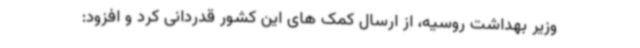
وزیر بهداشت روسیه، از ارسال کمک های این کشور قدردانی کرد و افزود: